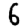
Digit: 6